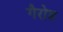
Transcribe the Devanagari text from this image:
गैरोड